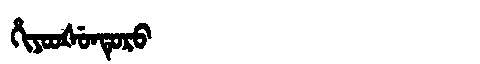
Manchu: ᡥᡳᠶᠣᠣᡧᡠᠨᡨᡠᡵᠣ
Romanization: HIYOOŠUNTURO